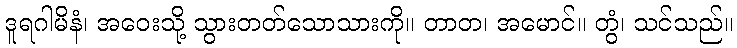
ဒူရဂါမိနံ၊ အဝေးသို့ သွားတတ်သောသားကို။ တာတ၊ အမောင်။ တွံ၊ သင်သည်။